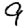
Digit: 9